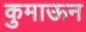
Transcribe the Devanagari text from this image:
कुमाऊन